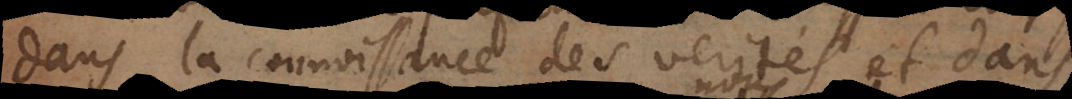
dans la connoissance des verités et dans